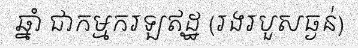
ឆ្នាំ ជាកម្មករឡឥដ្ឋ (រងរបួសធ្ងន់)